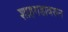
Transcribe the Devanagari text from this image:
शाहगडावरून